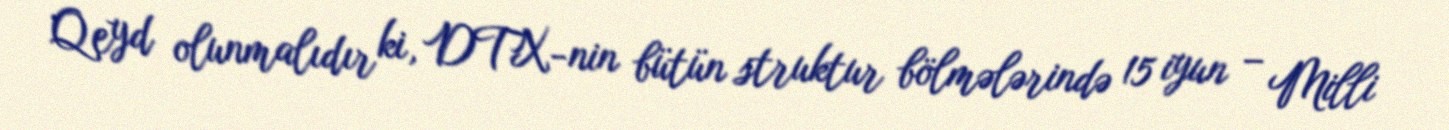
Qeyd olunmalıdır ki, DTX-nin bütün struktur bölmələrində 15 iyun – Milli